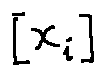
[ x _ { i } ]